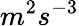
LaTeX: m^{2}s^{-3}